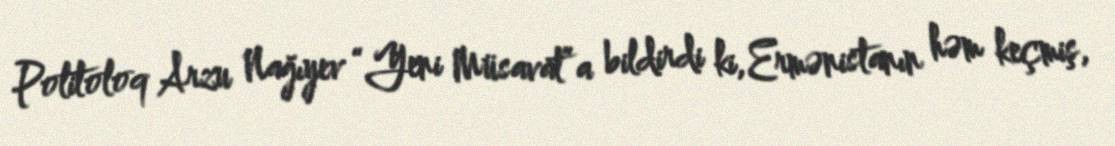
Politoloq Arzu Nağıyev “Yeni Müsavat”a bildirdi ki, Ermənistanın həm keçmiş,